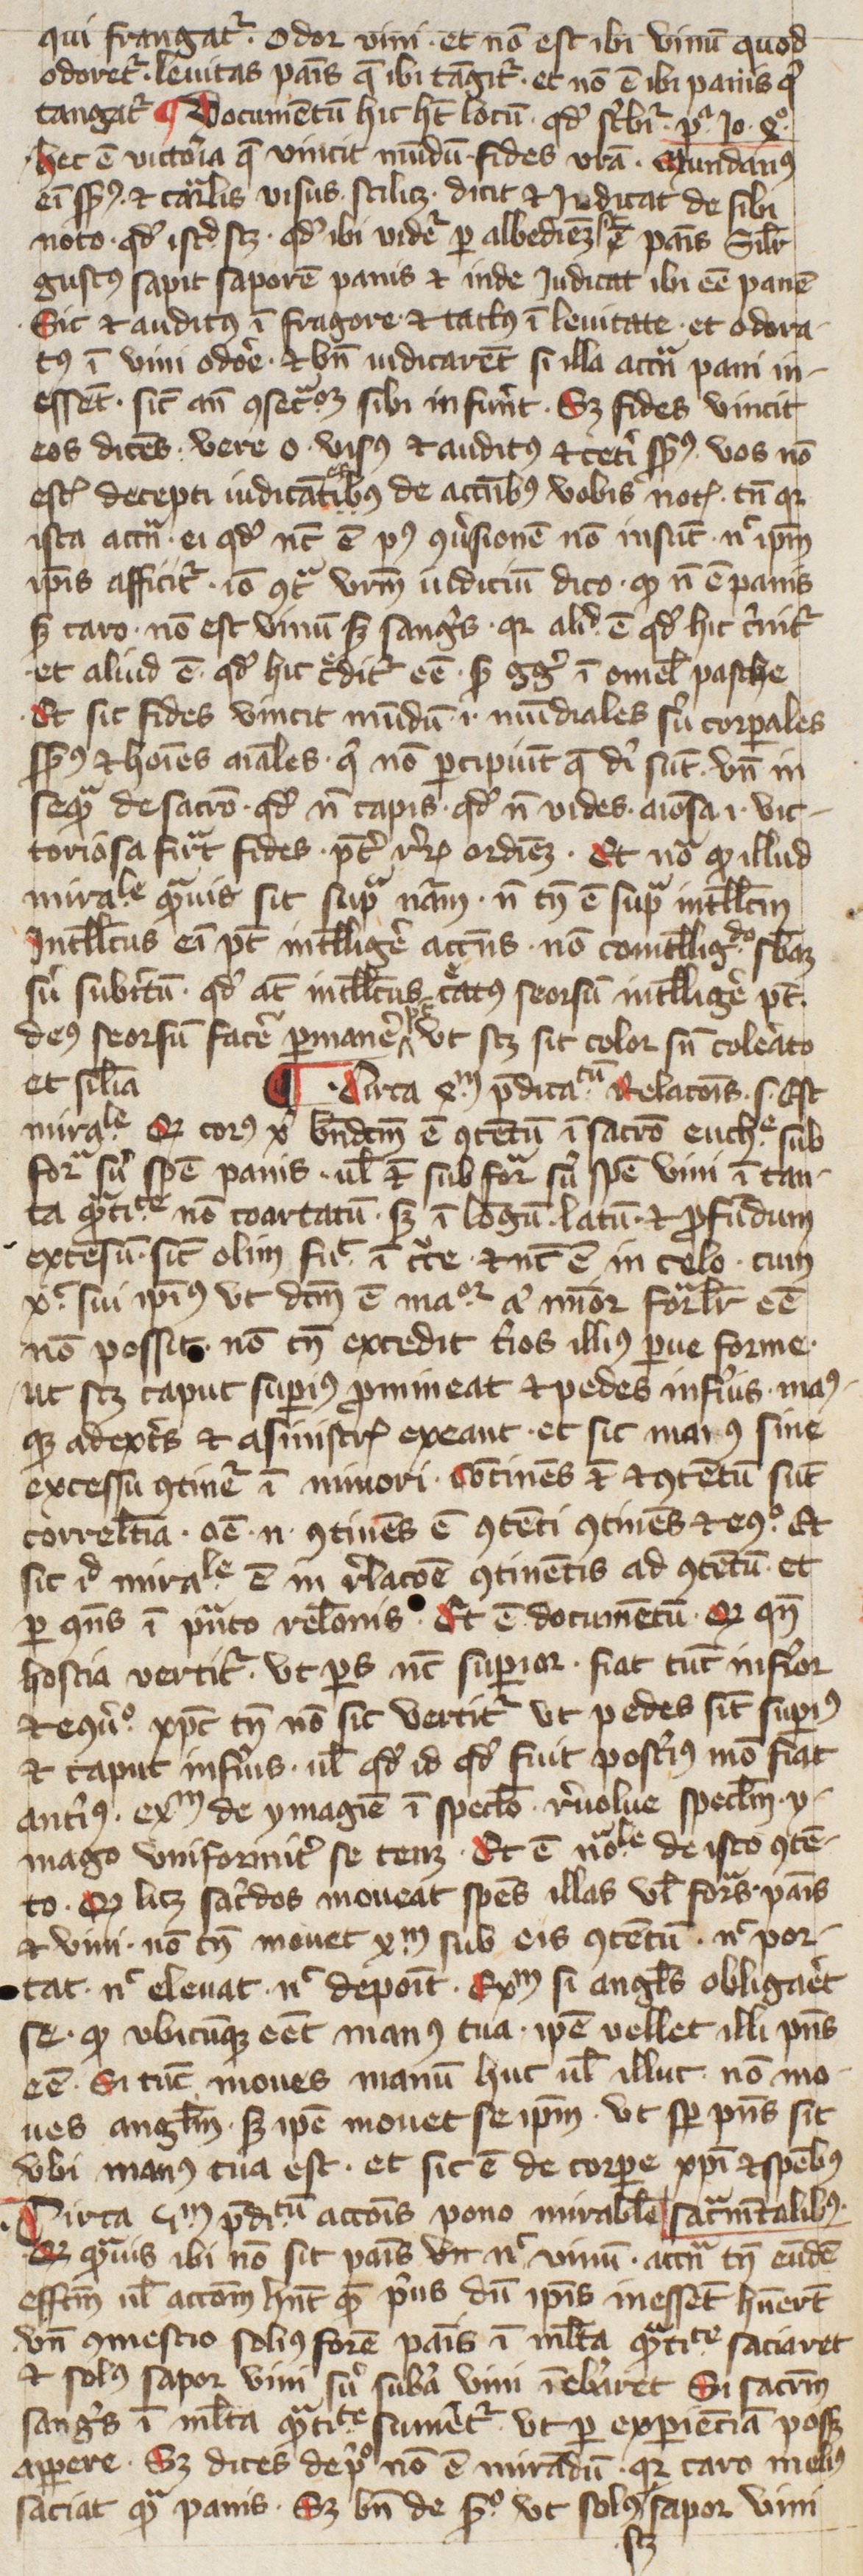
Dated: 1400–1424